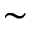
\sim